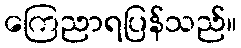
ကြေညာရပြန်သည်။